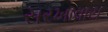
સરખાવાય